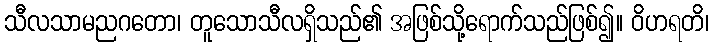
သီလသာမညဂတော၊ တူသောသီလရှိသည်၏ အဖြစ်သို့ရောက်သည်ဖြစ်၍။ ဝိဟရတိ၊